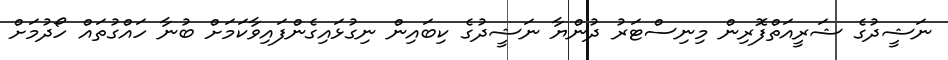
ނަޝީދުގެ ޝަރީއަތްފޮރިން މިނިސްޓަރު ދުންޔާ ނަޝީދުގެ ކިބައިން ނިގުޅައިގެންފައިވާކަމަށް ބުނާ ހައްގުތައް ހޯދުމަށް